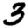
Digit: 3